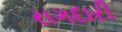
રાગદારી